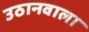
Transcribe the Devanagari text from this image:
उठानवाला